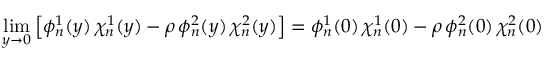
\operatorname * { l i m } _ { y \to 0 } \left[ \phi _ { n } ^ { 1 } ( y ) \, \chi _ { n } ^ { 1 } ( y ) - \rho \, \phi _ { n } ^ { 2 } ( y ) \, \chi _ { n } ^ { 2 } ( y ) \right] = \phi _ { n } ^ { 1 } ( 0 ) \, \chi _ { n } ^ { 1 } ( 0 ) - \rho \, \phi _ { n } ^ { 2 } ( 0 ) \, \chi _ { n } ^ { 2 } ( 0 )